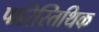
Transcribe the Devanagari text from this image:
पारिस्तिथिक